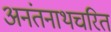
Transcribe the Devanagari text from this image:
अनंतनाथचरित